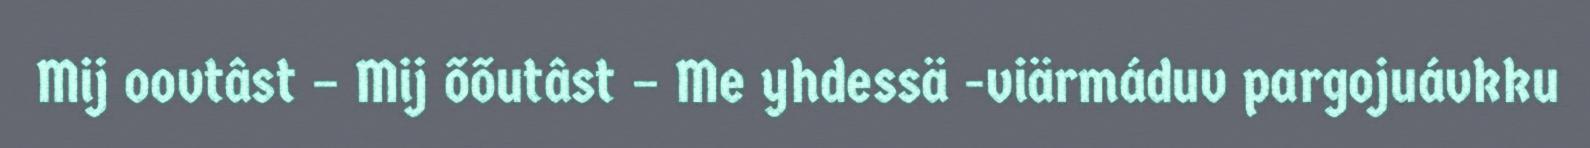
Mij oovtâst – Mij õõutâst – Me yhdessä -viärmáduv pargojuávkku